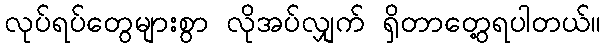
လုပ်ရပ်တွေများစွာ လိုအပ်လျှက် ရှိတာတွေ့ရပါတယ်။